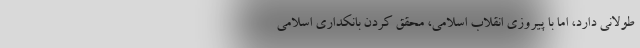
طولانی‌ دارد، اما با پیروزی انقلاب اسلامی، محقق کردن بانکداری اسلامی